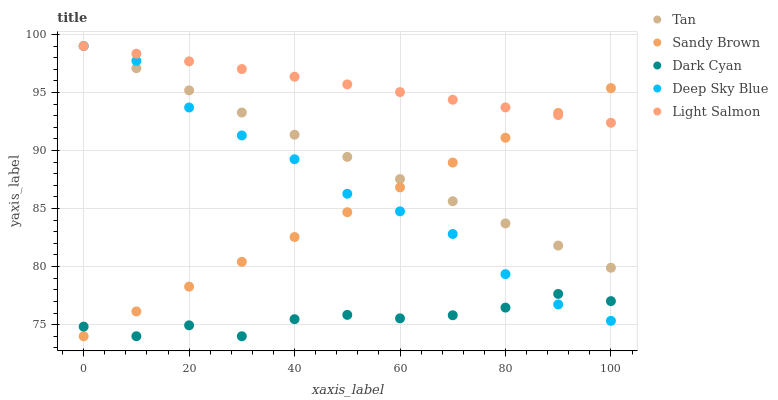
| xaxis_label | Tan | Sandy Brown | Dark Cyan | Deep Sky Blue | Light Salmon |
 | --- | --- | --- | --- | --- | --- |
 | 0 | 99 | 74 | 74.8 | 99 | 99 |
 | 10 | 97.1 | 76.1 | 74 | 97.7 | 98.3 |
 | 20 | 95.2 | 78.3 | 74.9 | 93.7 | 97.7 |
 | 30 | 93.3 | 80.4 | 74 | 91.3 | 97 |
 | 40 | 91.4 | 82.5 | 75.5 | 89.2 | 96.4 |
 | 50 | 89.5 | 84.7 | 75.8 | 86.3 | 95.7 |
 | 60 | 87.5 | 86.8 | 75.5 | 84.8 | 95 |
 | 70 | 85.6 | 89 | 75.8 | 82.8 | 94.4 |
 | 80 | 83.7 | 91.1 | 76.5 | 79.3 | 93.7 |
 | 90 | 81.8 | 93.2 | 77.6 | 76.7 | 93.1 |
 | 100 | 79.9 | 95.4 | 77 | 75.3 | 92.4 |